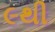
૯થી